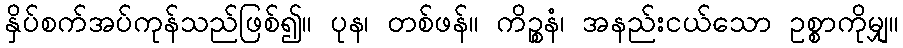
နှိပ်စက်အပ်ကုန်သည်ဖြစ်၍။ ပုန၊ တစ်ဖန်။ ကိဉ္စနံ၊ အနည်းငယ်သော ဥစ္စာကိုမျှ။